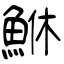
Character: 鮴